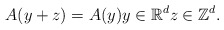
\begin{align*}A(y+z)=A(y) y\in \mathbb{R}^d z \in \mathbb{Z}^d.\end{align*}